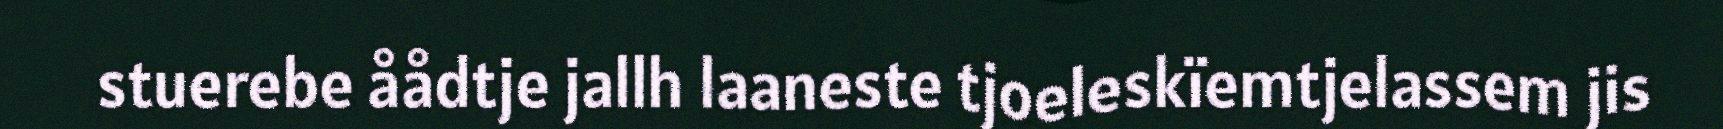
stuerebe åådtje jallh laaneste tjoeleskïemtjelassem jis